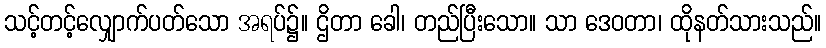
သင့်တင့်လျှောက်ပတ်သော အရပ်၌။ ဌိတာ ခေါ၊ တည်ပြီးသော။ သာ ဒေဝတာ၊ ထိုနတ်သားသည်။